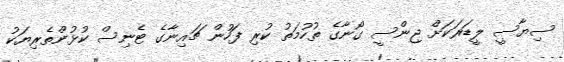
ސިޔާސީ ލީޑަރަކަށް ޖިންސީ ގޯނާގެ ތުހުމަތު ކުރި ފަހުން ޗައިނާގެ ޓެނިސް ކުޅުންތެެރިޔަކު